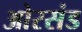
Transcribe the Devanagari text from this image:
ओरसंड